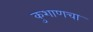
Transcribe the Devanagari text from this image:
कुशाणचा